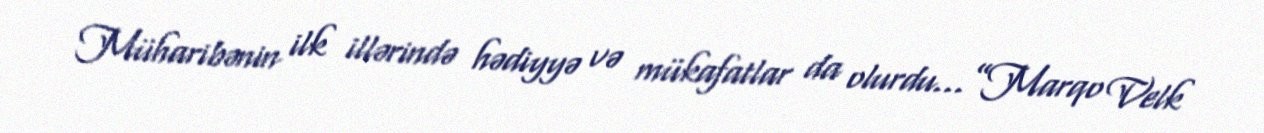
Müharibənin ilk illərində hədiyyə və mükafatlar da olurdu...”Marqo Velk